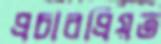
প্রচারপ্রিয়ত